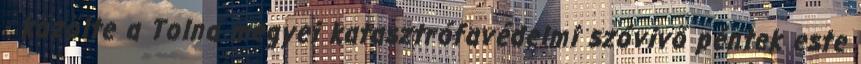
- közölte a Tolna megyei katasztrófavédelmi szóvivő péntek este